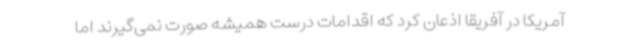
آمریکا در آفریقا اذعان کرد که اقدامات درست همیشه صورت نمی‌گیرند اما